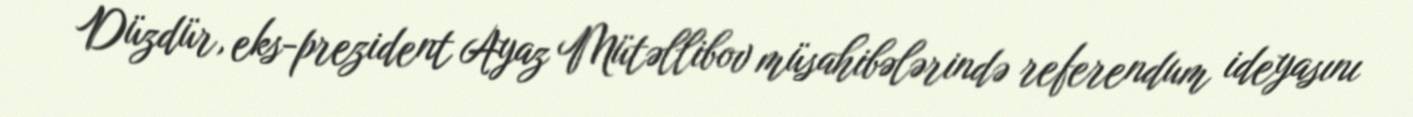
Düzdür, eks-prezident Ayaz Mütəllibov müsahibələrində referendum ideyasını